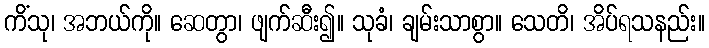
ကိံသု၊ အဘယ်ကို။ ဆေတွာ၊ ဖျက်ဆီး၍။ သုခံ၊ ချမ်းသာစွာ။ သေတိ၊ အိပ်ရသနည်း။